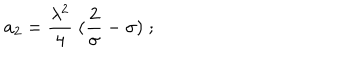
a _ { 2 } = { \frac { \lambda ^ { 2 } } { 4 } } \; ( { \frac { 2 } { \sigma } } - \sigma ) \; ;